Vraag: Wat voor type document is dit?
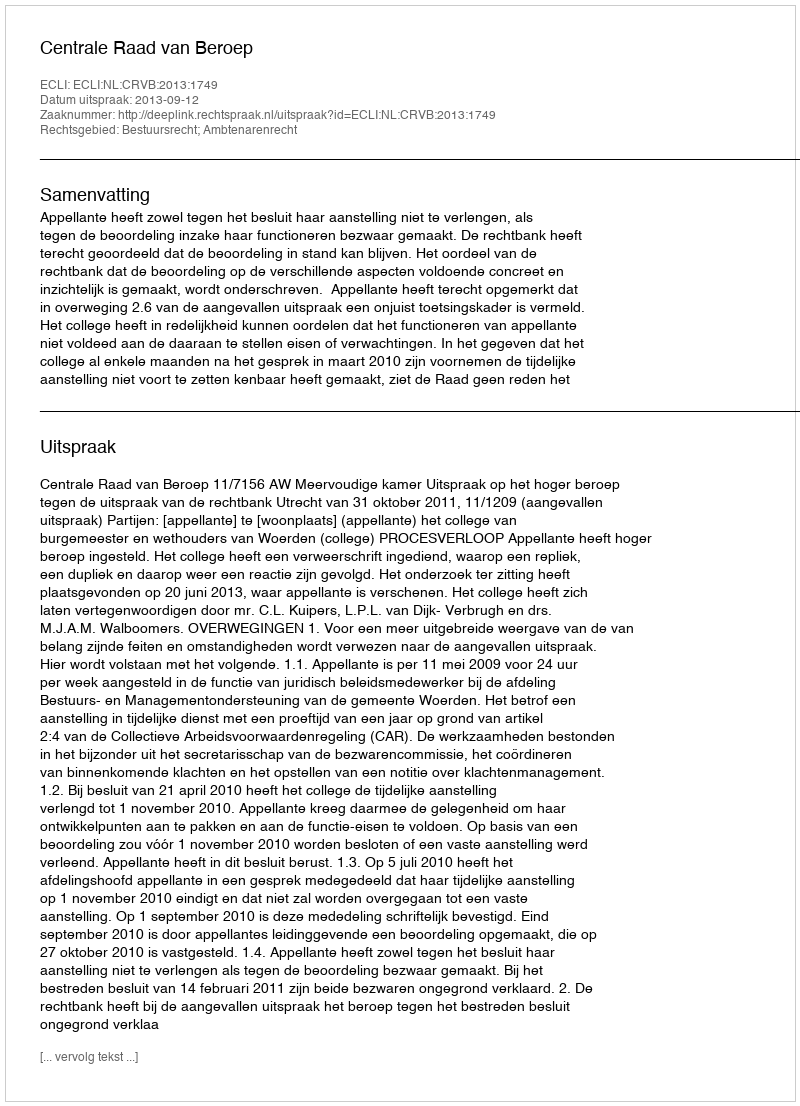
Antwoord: Uitspraak